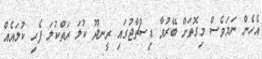
އެހެން ނަމަވެސް މިގޮތަށް ބޭރުވާ ޑިސްޗާޖުގައި ރީނދޫ ކުލަ ރަތްކުލަ ފެހި ކުލައެއް